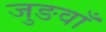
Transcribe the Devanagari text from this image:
जुङवाँ